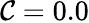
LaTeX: \mathcal{C}=0.0